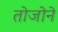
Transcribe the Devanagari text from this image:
तोजोने